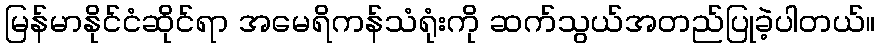
မြန်မာနိုင်ငံဆိုင်ရာ အမေရိကန်သံရုံးကို ဆက်သွယ်အတည်ပြုခဲ့ပါတယ်။